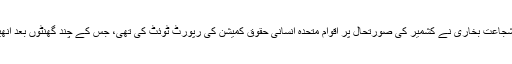
ان کا کہنا تھا کہ شجاعت بخاری نے کشمیر کی صورتحال پر اقوام متحدہ انسانی حقوق کمیشن کی رپورٹ ٹوئٹ کی تھی، جس کے چند گھنٹوں بعد انھیں شہید کردیا گیا۔